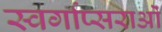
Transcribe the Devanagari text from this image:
स्वर्गाप्सराओं